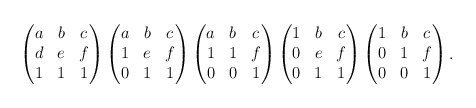
\begin{align*}\begin{pmatrix}a & b & c \\d & e & f \\1 & 1 & 1\end{pmatrix}\begin{pmatrix}a & b & c \\1 & e & f \\0 & 1 & 1\end{pmatrix}\begin{pmatrix}a & b & c \\1 & 1 & f \\0 & 0 & 1\end{pmatrix}\begin{pmatrix}1 & b & c \\0 & e & f \\0 & 1 & 1\end{pmatrix}\begin{pmatrix}1 & b & c \\0 & 1 & f \\0 & 0 & 1\end{pmatrix}.\end{align*}